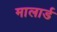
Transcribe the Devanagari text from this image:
मालार्ड